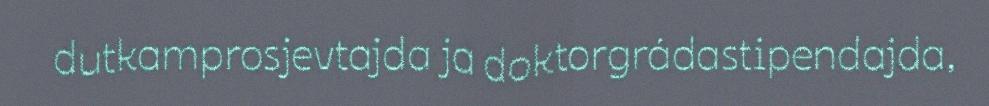
dutkamprosjevtajda ja doktorgrádastipendajda,